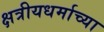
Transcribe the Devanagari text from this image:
क्षत्रीयधर्माच्या